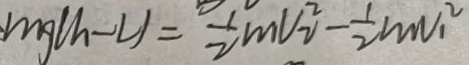
m g ( h - L ) = \frac { 1 } { 2 } m v _ { 2 } ^ { 2 } - \frac { 1 } { 2 } m v _ { 1 } ^ { 2 }